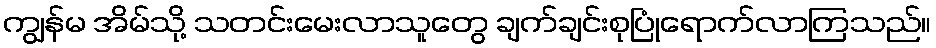
ကျွန်မ အိမ်သို့ သတင်းမေးလာသူတွေ ချက်ချင်းစုပြုံရောက်လာကြသည်။